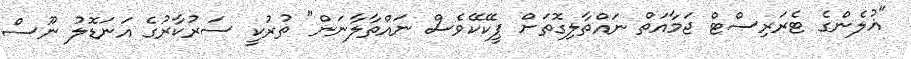
"ޣުލެންގެ ޓެރަރިސްޓް ޖަމާއަތް ނައްތާލިގޮތަށް ޕީކޭކޭވެސް ނައްތާލާނަން" ތުރުކީ ސަރުކާރުގެ އަނަޑޮލު ނޫސް